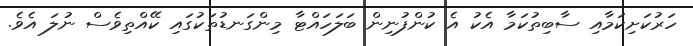
ހަރުކަށިކަމާއި ސާބިތުކަމާ އެކު އެ ކުންފުނިން ބަލަހައްޓާ މިންގަނޑުތަކުގައި ކޭއްތިވެސް ނުލަ އެވެ.